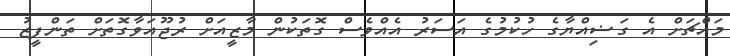
މައްޗަށް އެ ގަޟިއްޔާގެ ހުކުމުގެ އަސަރު އެއްވެސް ގޮތަކުން މާޒީއަށް ރުޖޫއަވާގޮތަށް ތަންފީޒު